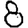
Digit: 8